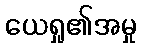
ယေရှု၏အမှု